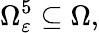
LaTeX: \Omega_{\varepsilon}^{5}\subseteq\Omega,